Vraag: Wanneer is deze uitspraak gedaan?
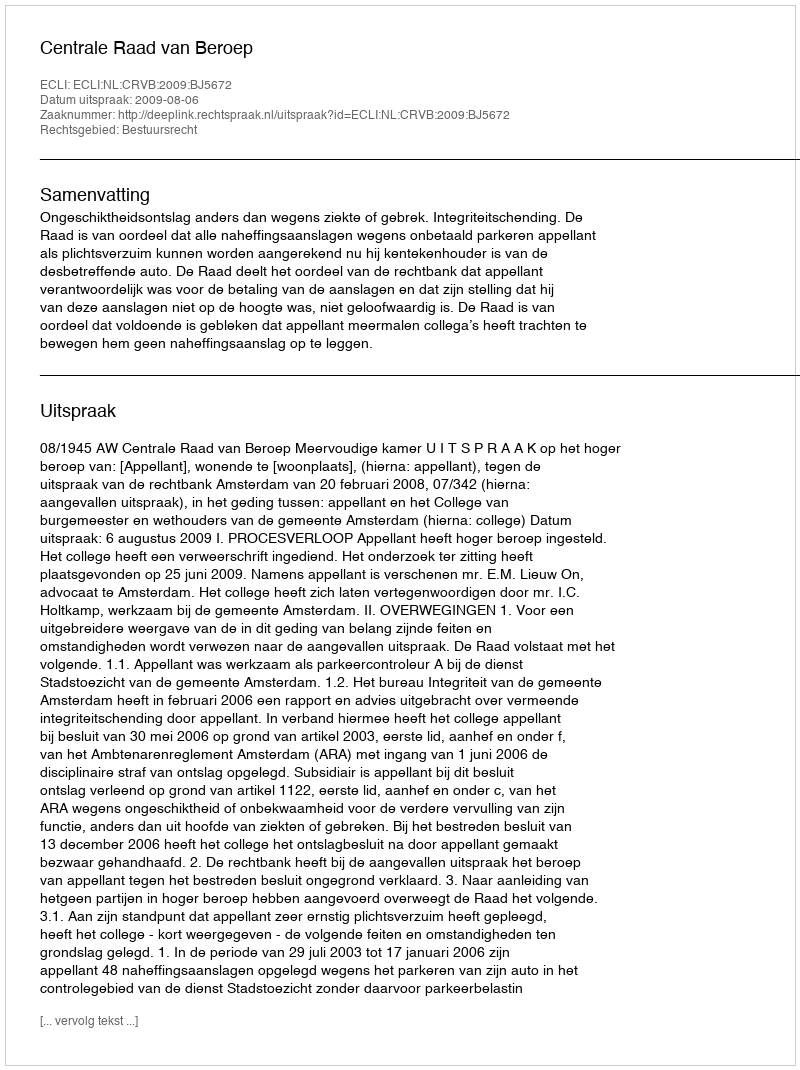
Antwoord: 2009-08-06